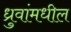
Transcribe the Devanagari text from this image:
ध्रुवांमधील